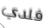
فلدي